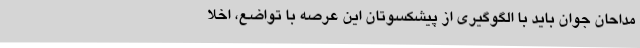
مداحان جوان باید با الگوگیری از پیشکسوتان این عرصه با تواضع، اخلا